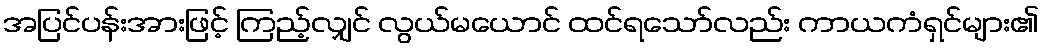
အပြင်ပန်းအားဖြင့် ကြည့်လျှင် လွယ်မယောင် ထင်ရသော်လည်း ကာယကံရှင်များ၏